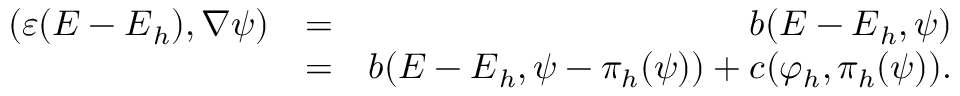
\begin{array} { r l r } { ( \varepsilon ( { \boldsymbol { E } } - { \boldsymbol { E } } _ { h } ) , \nabla \psi ) } & { = } & { b ( { \boldsymbol { E } } - { \boldsymbol { E } } _ { h } , \psi ) } \\ & { = } & { b ( { \boldsymbol { E } } - { \boldsymbol { E } } _ { h } , \psi - \pi _ { h } ( \psi ) ) + c ( \varphi _ { h } , \pi _ { h } ( \psi ) ) . } \end{array}